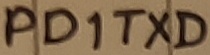
Text: PD!TXD